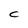
Character: C